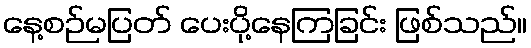
နေ့စဉ်မပြတ် ပေးပို့နေကြခြင်း ဖြစ်သည်။